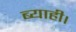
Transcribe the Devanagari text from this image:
ब्याही।